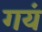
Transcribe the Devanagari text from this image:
गयं